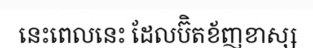
នេះពេលនេះ ដែលប៊ិតខ័ញខាស្ស